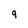
Character: 9